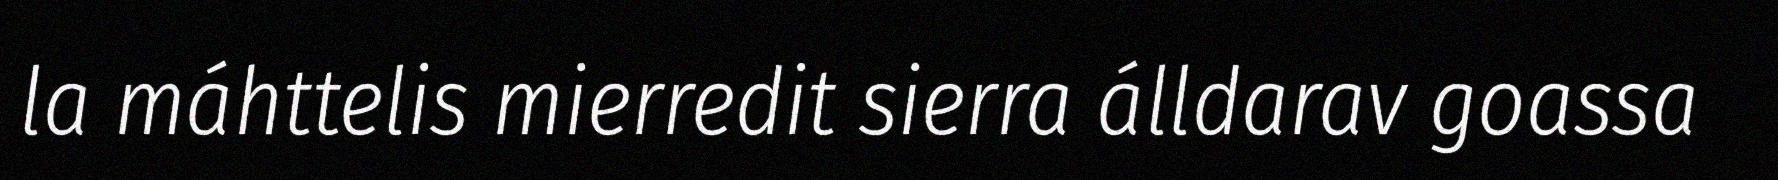
la máhttelis mierredit sierra álldarav goassa